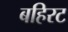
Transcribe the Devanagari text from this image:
बहिरट